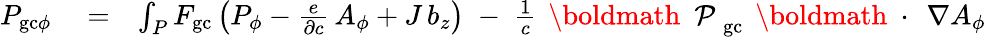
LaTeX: \begin{array}{rlr}{P_{\mathrm{gc}\phi}}&{{}=}&{\int_{P}F_{\mathrm{gc}}\left(P_{\phi}-\frac{e}{\partial c}\, A_{\phi}+J\, b_{z}\right)\; -\; \frac{1}{c}\, \mathrm{~\boldmath~\cal~P~}_{\mathrm{gc}}\, \mathrm{~\boldmath~\cdot~}\, \nabla A_{\phi}}\end{array}